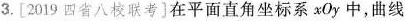
3.[2019四省八校联考]在平面直角坐标系xOy中，曲线